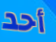
أحد